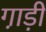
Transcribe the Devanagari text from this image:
गा़ड़ी